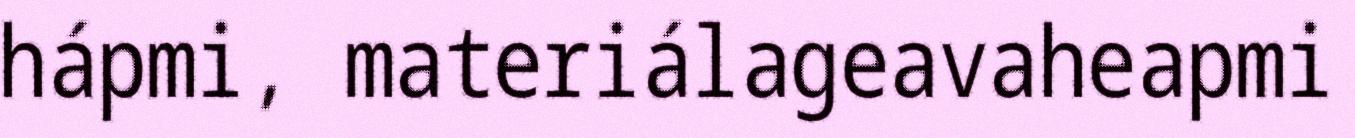
hápmi, materiálageavaheapmi